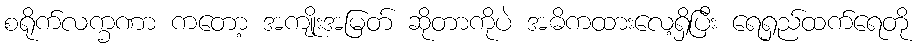
စရိုက်လက္ခဏာ ကတော့ အကျိုးအမြတ် ဆိုတာကိုပဲ အဓိကထားလေ့ရှိပြီး ရေရှည်ထက်ရေတို